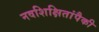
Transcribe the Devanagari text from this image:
नवशिक्षितांपैकी